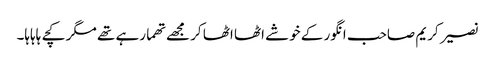
نصیر کریم صاحب انگور کے خوشے اٹھا اٹھا کر مجھے تھما رہے تھے مگر کچے ہاہاہا۔